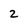
Character: 2